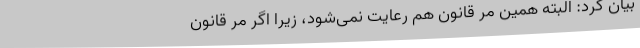
بیان کرد: البته همین مُر قانون هم رعایت نمی‌شود، زیرا اگر مُر قانون